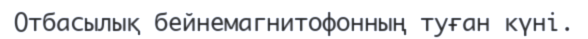
Отбасылық бейнемагнитофонның туған күні.